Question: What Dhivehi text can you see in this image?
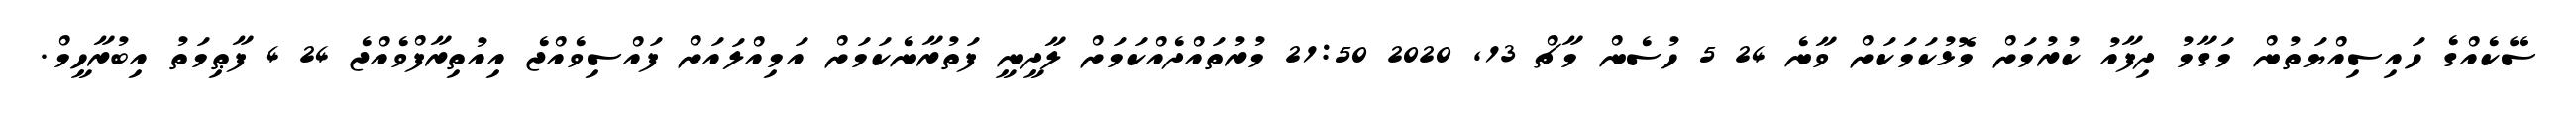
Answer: ސޭކެއްގެ ހައިސިއްޔަތުން މަގާމު ދިފާއު ކުރުމަށް މޮޅުކަމަކަށް ވާނެ 24 5 ހުސެން މާޗް 13, 2020 21:50 މުރުތައްދެއްކަމަށް ލާދީނީ ފަތުރާނެކަމަށް އަމިއްލައަށް ފައްސިވެއްޖެ އިއުތިރާފްވެއްޖެ 24 4 ފާޠިމަތު އިބުރާހީމް.